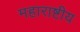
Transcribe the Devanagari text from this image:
महाराष्टीय